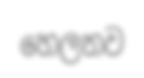
හෙලනව